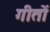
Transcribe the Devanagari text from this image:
गीतों